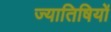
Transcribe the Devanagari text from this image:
ज्यातिषियों